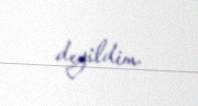
deyildim.